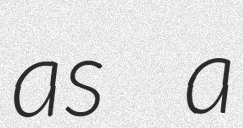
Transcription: as a